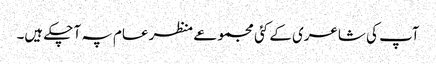
آپ کی شاعری کے کئی مجموعے منظر عام پہ آ چکے ہیں۔